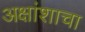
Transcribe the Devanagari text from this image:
अक्षांशाचा